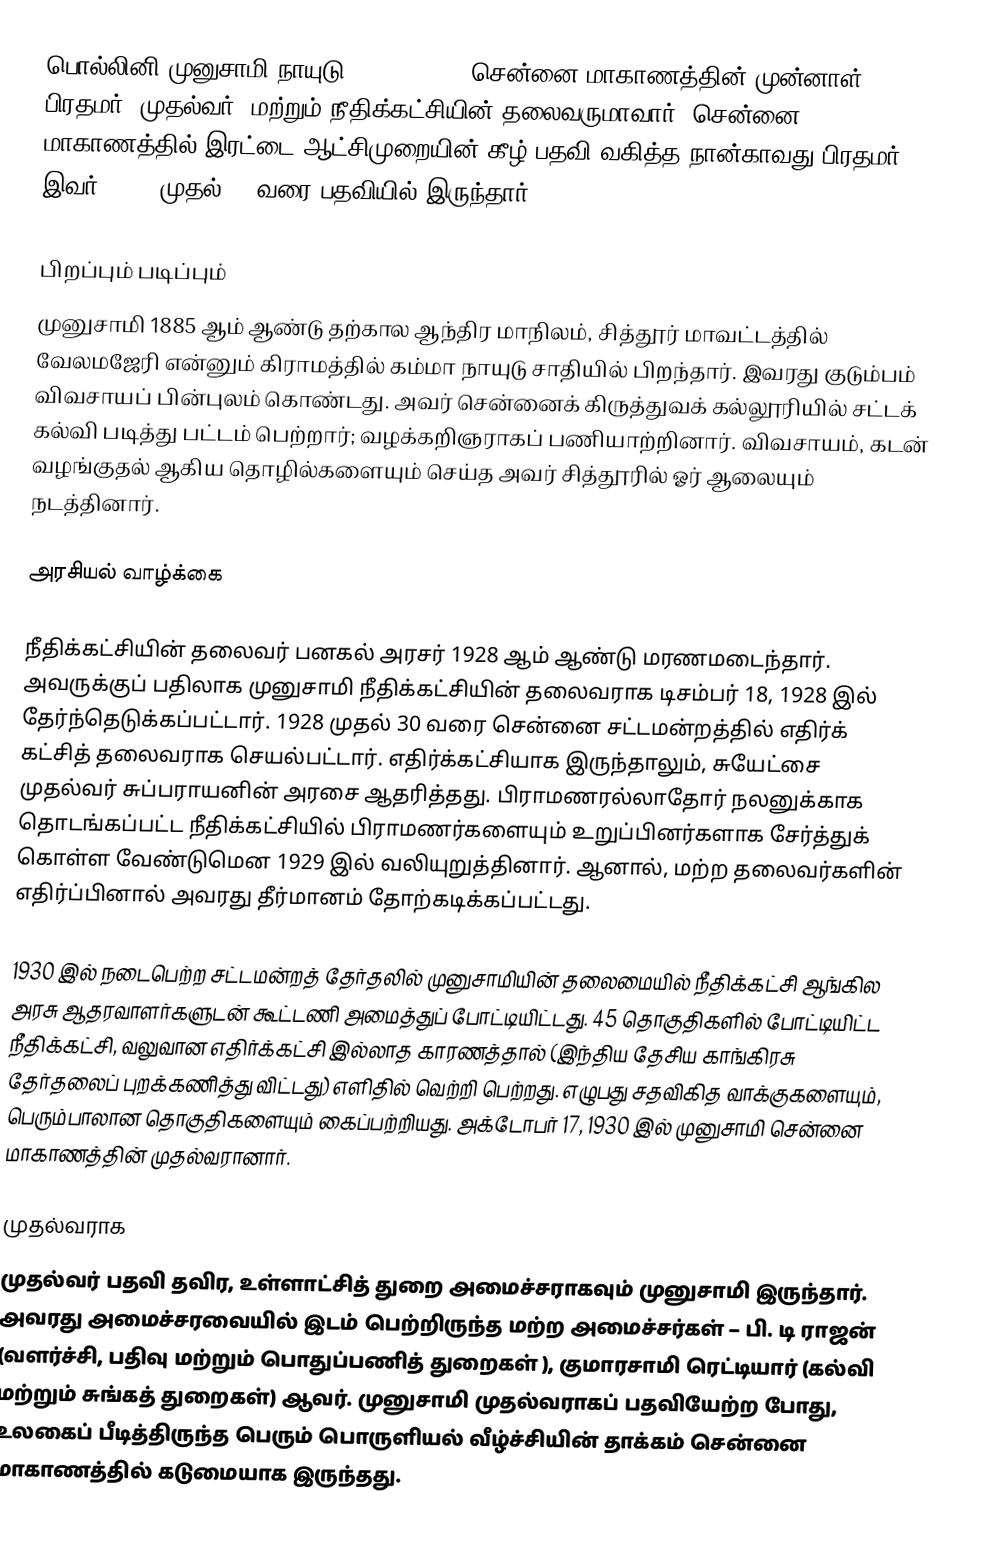
பொல்லினி முனுசாமி நாயுடு (1885 -1935) சென்னை மாகாணத்தின் முன்னாள் பிரதமர் (முதல்வர்) மற்றும் நீதிக்கட்சியின் தலைவருமாவார். சென்னை மாகாணத்தில் இரட்டை ஆட்சிமுறையின் கீழ் பதவி வகித்த நான்காவது பிரதமர் இவர். 1930 முதல் 32 வரை பதவியில் இருந்தார்.

பிறப்பும் படிப்பும்
முனுசாமி 1885 ஆம் ஆண்டு தற்கால ஆந்திர மாநிலம், சித்தூர் மாவட்டத்தில் வேலமஜேரி என்னும் கிராமத்தில் கம்மா நாயுடு சாதியில் பிறந்தார். இவரது குடும்பம் விவசாயப் பின்புலம் கொண்டது. அவர் சென்னைக் கிருத்துவக் கல்லூரியில் சட்டக் கல்வி படித்து பட்டம் பெற்றார்; வழக்கறிஞராகப் பணியாற்றினார். விவசாயம், கடன் வழங்குதல் ஆகிய தொழில்களையும் செய்த அவர் சித்தூரில் ஓர் ஆலையும் நடத்தினார்.

அரசியல் வாழ்க்கை

நீதிக்கட்சியின் தலைவர் பனகல் அரசர் 1928 ஆம் ஆண்டு மரணமடைந்தார். அவருக்குப் பதிலாக முனுசாமி நீதிக்கட்சியின் தலைவராக டிசம்பர் 18, 1928 இல் தேர்ந்தெடுக்கப்பட்டார். 1928 முதல் 30 வரை சென்னை சட்டமன்றத்தில் எதிர்க் கட்சித் தலைவராக செயல்பட்டார். எதிர்க்கட்சியாக இருந்தாலும், சுயேட்சை முதல்வர் சுப்பராயனின் அரசை ஆதரித்தது. பிராமணரல்லாதோர் நலனுக்காக தொடங்கப்பட்ட நீதிக்கட்சியில் பிராமணர்களையும் உறுப்பினர்களாக சேர்த்துக் கொள்ள வேண்டுமென 1929 இல் வலியுறுத்தினார். ஆனால், மற்ற தலைவர்களின் எதிர்ப்பினால் அவரது தீர்மானம் தோற்கடிக்கப்பட்டது.

1930 இல் நடைபெற்ற சட்டமன்றத் தேர்தலில் முனுசாமியின் தலைமையில் நீதிக்கட்சி ஆங்கில அரசு ஆதரவாளர்களுடன் கூட்டணி அமைத்துப் போட்டியிட்டது. 45 தொகுதிகளில் போட்டியிட்ட நீதிக்கட்சி, வலுவான எதிர்க்கட்சி இல்லாத காரணத்தால் (இந்திய தேசிய காங்கிரசு தேர்தலைப் புறக்கணித்து விட்டது) எளிதில் வெற்றி பெற்றது.  எழுபது சதவிகித வாக்குகளையும், பெரும்பாலான தொகுதிகளையும் கைப்பற்றியது. அக்டோபர் 17, 1930 இல் முனுசாமி சென்னை மாகாணத்தின் முதல்வரானார்.

முதல்வராக
முதல்வர் பதவி தவிர, உள்ளாட்சித் துறை அமைச்சராகவும் முனுசாமி இருந்தார். அவரது அமைச்சரவையில் இடம் பெற்றிருந்த மற்ற அமைச்சர்கள் – பி. டி ராஜன் (வளர்ச்சி, பதிவு மற்றும் பொதுப்பணித் துறைகள் ), குமாரசாமி ரெட்டியார் (கல்வி மற்றும் சுங்கத் துறைகள்) ஆவர். முனுசாமி முதல்வராகப் பதவியேற்ற போது, உலகைப் பீடித்திருந்த பெரும் பொருளியல் வீழ்ச்சியின் தாக்கம் சென்னை மாகாணத்தில் கடுமையாக இருந்தது.